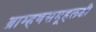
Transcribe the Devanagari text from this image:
ब्राम्हणसमूहलक्षी